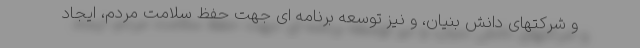
و شرکتهای دانش بنیان، و نیز توسعه برنامه ای جهت حفظ سلامت مردم، ایجاد